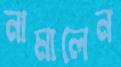
নামালেন